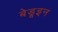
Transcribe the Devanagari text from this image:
बेडूइन